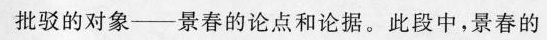
批驳的对象——景春的论点和论据。此段中，景春的